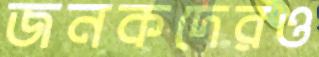
জনকদেরও